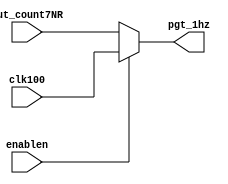
// This program was cloned from: https://github.com/MathBorgess/hardware_studies
// License: MIT License


// pgt: positive going transition
// enablen = mag_on
module MUX2_1(
    input wire out_count7NR, clk100, enablen,
    output reg pgt_1hz
);
    always @(*) begin
        if (!enablen)
            pgt_1hz = out_count7NR;
        else
            pgt_1hz = clk100;
    end
    
endmodule